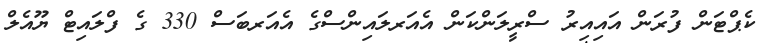
ކެޕްޓަން ފުރަން އައިއިރު ސްރީލަންކަން އެއަރލައިންސްގެ އެއަރބަސް 330 ގެ ފްލައިޓް ޔޫއެލް